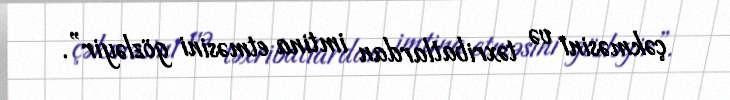
çəkməsini və təxribatlardan imtina etməsini gözləyir”.